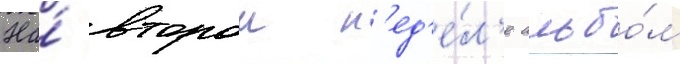
На́ второи н'ед'е́л'е альбо́м